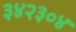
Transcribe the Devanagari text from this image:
३४२३०४